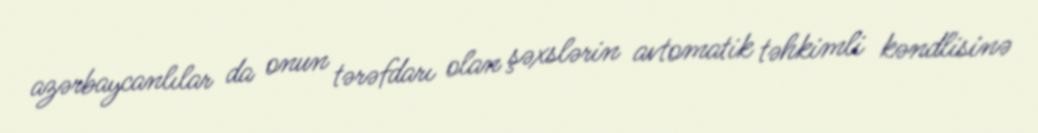
azərbaycanlılar da onun tərəfdarı olan şəxslərin avtomatik təhkimli kəndlisinə